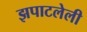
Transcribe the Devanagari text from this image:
झपाटलेली